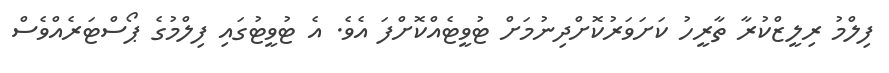
ފިލްމު ރިލީޒްކުރާ ތާރީހު ކަށަވަރުކޮށްދިނުމަށް ޓުވީޓެއްކޮށްފަ އެވެ. އެ ޓުވީޓުގައި ފިލްމުގެ ޕޯސްޓަރެއްވެސް